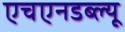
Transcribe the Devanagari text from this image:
एचएनडब्ल्यू